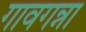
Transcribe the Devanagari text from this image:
गावगन्ना